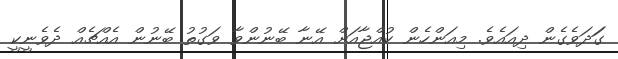
ގަަދަވެގެން ދިއައެވެ. މިއަންހެން ކުއްޖާއަށް އޭނާ ބޭނުންވާ ވަގުތު ބޭނުން އެއްޗެއް ދެވެނީކީ